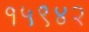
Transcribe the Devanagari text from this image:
१५९४२